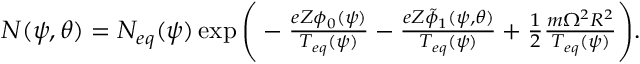
\begin{array} { r } { N ( \psi , \theta ) = N _ { e q } ( \psi ) \exp { \Bigg ( - \frac { e Z \phi _ { 0 } ( \psi ) } { T _ { e q } ( \psi ) } - \frac { e Z \tilde { \phi } _ { 1 } ( \psi , \theta ) } { T _ { e q } ( \psi ) } + \frac { 1 } { 2 } \frac { m \Omega ^ { 2 } R ^ { 2 } } { T _ { e q } ( \psi ) } \Bigg ) } . } \end{array}